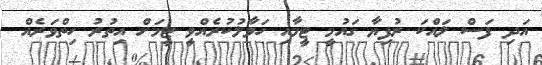
އަދި ފަސް ލައްކަ ރުފިޔާ ގައުމީ ޓީމާއި ހަވާލުކުރެއްވީ ޓީމަށް އިތުރު ހިތްވަރެއް